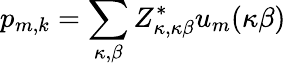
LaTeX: p_{m,k}=\sum_{\kappa,\beta}Z_{\kappa,\kappa\beta}^{*}u_{m}(\kappa\beta)